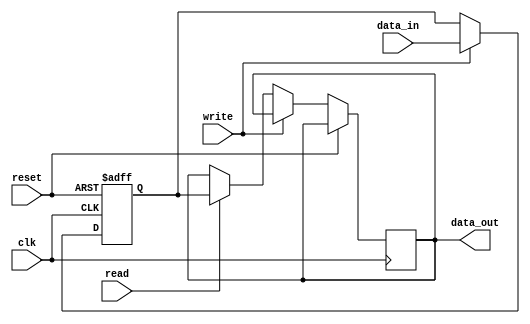
module MemoryBlock (
    input wire clk,               // Main clock signal
    input wire reset,             // Reset signal
    input wire [7:0] data_in,     // Data input
    input wire read,              // Read signal
    input wire write,             // Write signal
    output reg [7:0] data_out     // Data output
);
    reg [7:0] memory;             // Memory storage

    always @(posedge clk or posedge reset) begin
        if (reset) begin
            memory <= 8'b0;       // Initialize memory on reset
        end else if (write) begin
            memory <= data_in;    // Write data to memory
        end else if (read) begin
            data_out <= memory;   // Read data from memory
        end
    end
endmodule